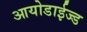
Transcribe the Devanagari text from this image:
आयोडाईज्ड